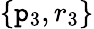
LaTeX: \{ \mathtt{p}_{3},r_{3}\}